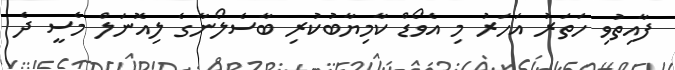
ފާއިތުވި ހަތަރު އަހަރު މި އެވޯޑް ކާމިޔާބުކުރި ބާސެލޯނާގެ ލިއޮނަލް މެސީ ދެ